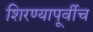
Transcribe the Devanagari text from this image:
शिरण्यापूर्वीच